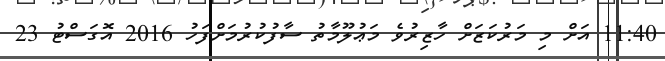
11:40 އަށް މި މަރުކަޒަށް ހާޒިރުވެ މަޢުލޫމާތު ސާފުކުރުމަށްފަހު 2016 އޮގަސްޓު 23